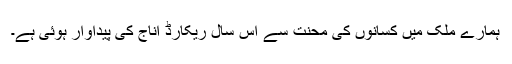
ہمارے ملک میں کسانوں کی محنت سے اس سال ریکارڈ اناج کی پیداوار ہوئی ہے۔